Report on the administration of the Government Cinchona Department 1892-98
Year: 1892
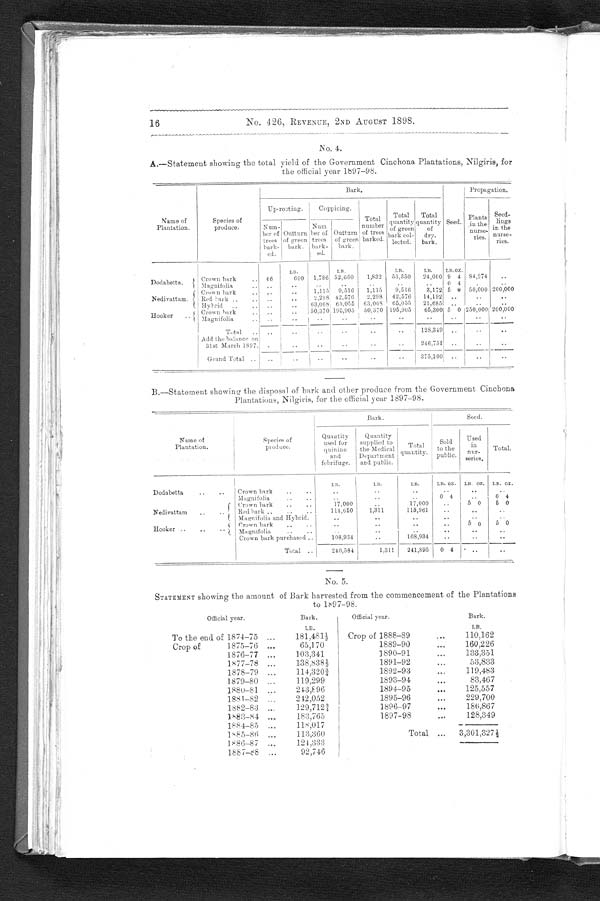
16
No. 426, REVENUE, 2ND AUGUST 1898.
No. 4.
A.—Statement showing the total yield of the Government Cinchona Plantations, Nilgiris, for
the official year 1897–98.
Name of
Plantation.
Species of
produce.
Bark.
Seed.
Propagation.
Up-rooting.
Coppicing.
Total
number
of trees
barked.
Total
quantity
of green
bark col-
lected.
Total
quantity
of
dry.
bark.
Plants
in the
nurse-
ries.
Seed-
l i ngs
in the
nurse-
ties.
Num- ber of
trees bark- ed.
Outturn
of green
bark.
Nu mb
e r o ft
r e e sb
a r k -ed.
Outturn
of green
bark.
LB.
LB.
L B .
LB.
LB. OZ.
Dodabetta.
Crown bark
. . 46
690
1,786 52,660
1,832
53,350
24,000 9 4 84,274
..
Magnifolia
..
..
..
..
..
0 4
.
..
Nedivattam.
Crown bark
..
..
1,115
9,516
1,115
9,516
3,172 5 0 50,000 200,000
Red bark ..
..
..
. 2,298 42,576
2,298
42,576
14,192 ..
..
..
Hybrid .. ..
..
..
63,068 65,055 63,068 65,055
21,685 ..
..
..
Hooker
..
Crown bark
..
.. 50,370 195,905
50,370 195,905
65,300 5 0 250,000 200,000
Magnifolia
..
..
..
..
..
..
..
..
.. ..
..
Total ..
Add the balance on
31st March 1897. .. ..
.. ..
..
..
.. ..
..
..
.. ..
128,349
246,751
.. ..
..
..
..
..
Grand Total ..
..
..
..
..
..
..
375,100 ..
..
..
B.—Statement showing the disposal of bark and other produce from the Government Cinchona
Plantations, Nilgiris, for the official year 1897-98.
Name of
Plantation.
Species of
produce.
Bark.
Seed.
Quantity
used for
quinine
a n d
febrifuge.
Quantity
supplied to
the Medical
Departnment
and public.
Total
quantity.
Sold
to the
public.
Used
in
nur-
series.
Total.
LB.
LB.
LB.
LB. OZ. LB. OZ. LB. OZ.
Dodabetta .. ..
Crown hark
.. .. ..
..
..
..
..
..
Magnifolia .. ..
..
..
..
0 4 ..
0 4
Nedivattam
..
..
Crown bark . . ..
17,000
..
17,000 ..
5 0
5 0
Red bark ..
114,650
1,311
115,961
..
..
..
Magnifolia and Hybrid. ..
..
..
..
..
..
Hooker ..
Crown bark
..
..
..
..
..
..
5 0
5 0
Magnifolia .. ..
..
..
..
..
..
..
Crown bark purchased ..
108,934
..
108,934
..
..
..
Total ..
240,584
1,311
241,895
0 4
..
..
No. 5.
STATEMENT showing the amount of Bark harvested from the commencement of the Plantations
to 1897-98.
Official year.
Bark.
Official year.
Bark.
LB.
L B .
To the end of 1874-75 ...
181,481½
Crop of 1888-89
. . .
110,162
Crop of
1875-76 ...
65,170
1889-90
...
160,226
1876-77 ...
103,341
1890-91..
133,351
1877-78 ...
138,838½
1891-92 ...
53,833
1878-79 ...
114,320¾
1892-93 ...
119,483
1879-80 ...
119,299
1893-94...
83,467
1880-81 ..,
243,896
1894-95
...
125,557
1881-82 ...
242,052
1895-96 ...
229,700
1882- 83 . . .
129,712¾
1896-97
...
186,867
1883-84 ...
183,765
1897-98
...
128,349
1884-85 ...
118,017
1885 -86 ...
113,360
Total ...
3,301,327½
1886-87 ...
124,333
1887-88 ...
92,746